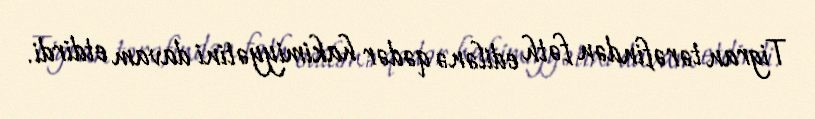
Tigran tərəfindən fəth edilənə qədər hakimiyyətini davam etdirdi.